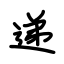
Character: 递